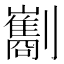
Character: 㔒